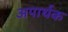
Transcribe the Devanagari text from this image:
अपार्थक